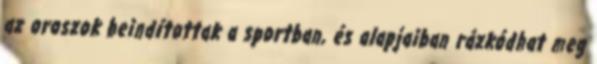
az oroszok beindítottak a sportban, és alapjaiban rázkódhat meg